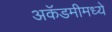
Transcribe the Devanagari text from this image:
अकॅडमीमध्ये